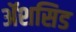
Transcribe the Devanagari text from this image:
ॲशसिड